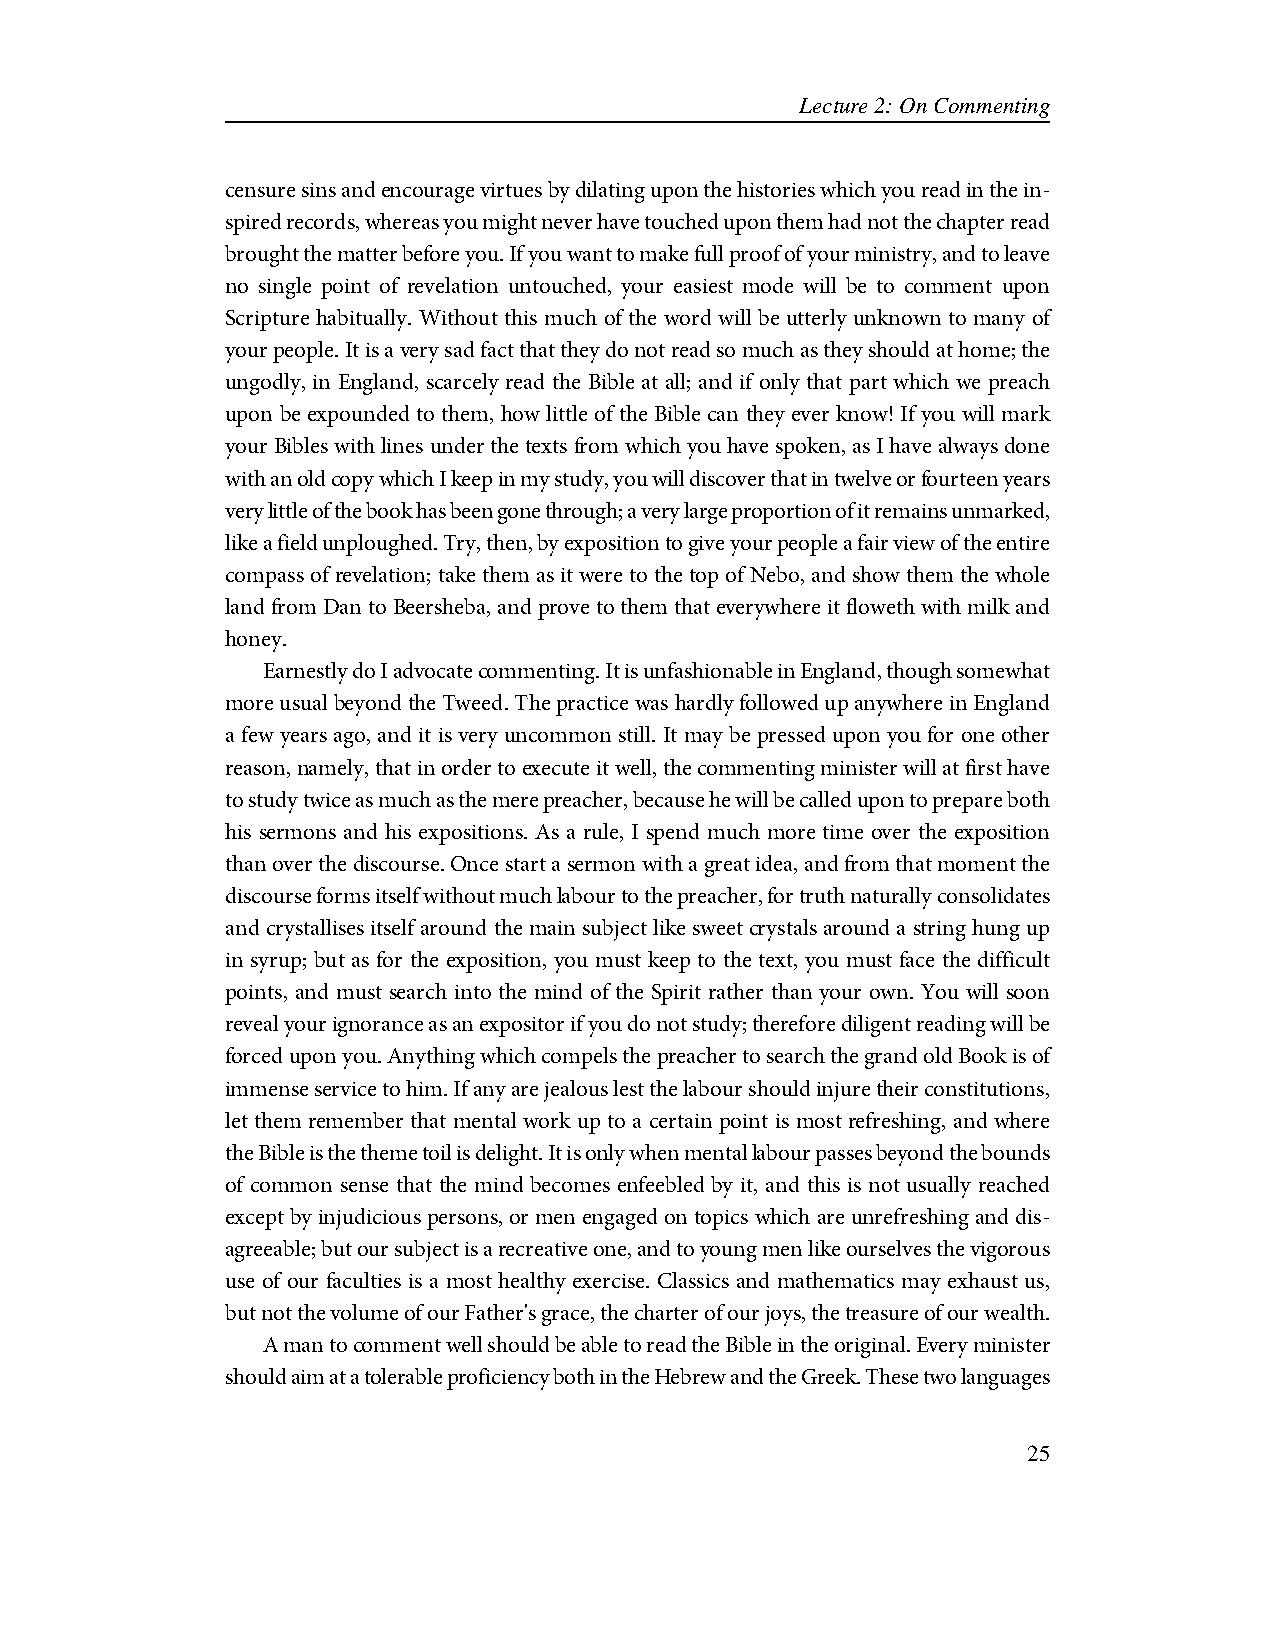
Lecture 2: On Commenting
 censure sins and encourage virtues by dilating upon the histories which you read in the in-
 spired records, whereas you might never have touched upon them had not the chapter read
 brought the matter before you. If you want to make full proof of your ministry, and to leave
 no single point of revelation untouched, your easiest mode will be to comment upon
 Scripture habitually. Without this much of the word will be utterly unknown to many of
 your people. It is a very sad fact that they do not read so much as they should at home; the
 ungodly, in England, scarcely read the Bible at all; and if only that part which we preach
 upon be expounded to them, how little of the Bible can they ever know! If you will mark
 your Bibles with lines under the texts from which you have spoken, as I have always done
 with an old copy which I keep in my study, you will discover that in twelve or fourteen years
 very little of the book has been gone through; a very large proportion of it remains unmarked,
 like a field unploughed. Try, then, by exposition to give your people a fair view of the entire
 compass of revelation; take them as it were to the top of Nebo, and show them the whole
 land from Dan to Beersheba, and prove to them that everywhere it floweth with milk and
 honey.
 Earnestly do I advocate commenting. It is unfashionable in England, though somewhat
 more usual beyond the Tweed. The practice was hardly followed up anywhere in England
 a few years ago, and it is very uncommon still. It may be pressed upon you for one other
 reason, namely, that in order to execute it well, the commenting minister will at first have
 to study twice as much as the mere preacher, because he will be called upon to prepare both
 his sermons and his expositions. As a rule, I spend much more time over the exposition
 than over the discourse. Once start a sermon with a great idea, and from that moment the
 discourse forms itself without much labour to the preacher, for truth naturally consolidates
 and crystallises itself around the main subject like sweet crystals around a string hung up
 in syrup; but as for the exposition, you must keep to the text, you must face the difficult
 points, and must search into the mind of the Spirit rather than your own. You will soon
 reveal your ignorance as an expositor if you do not study; therefore diligent reading will be
 forced upon you. Anything which compels the preacher to search the grand old Book is of
 immense service to him. If any are jealous lest the labour should injure their constitutions,
 let them remember that mental work up to a certain point is most refreshing, and where
 the Bible is the theme toil is delight. It is only when mental labour passes beyond the bounds
 of common sense that the mind becomes enfeebled by it, and this is not usually reached
 except by injudicious persons, or men engaged on topics which are unrefreshing and dis-
 agreeable; but our subject is a recreative one, and to young men like ourselves the vigorous
 use of our faculties is a most healthy exercise. Classics and mathematics may exhaust us,
 but not the volume of our Father's grace, the charter of our joys, the treasure of our wealth.
 A man to comment well should be able to read the Bible in the original. Every minister
 should aim at a tolerable proficiency both in the Hebrew and the Greek. These two languages
 25